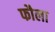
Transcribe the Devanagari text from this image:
फौला